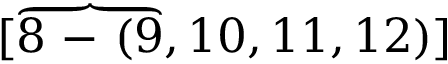
[ \overbrace { 8 \mathrm { ~ - ~ } ( 9 } , 1 0 , 1 1 , 1 2 ) ]